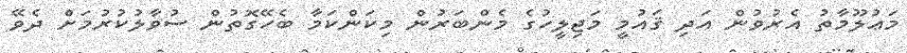
މަޢުލޫމާތު އެރުވުން އަދި ޤައުމީ މަޖިލީހުގެ މެންބަރުން މިކަންކަމާ ބެހޭގޮތުން ސުވާލުކުރުމަށް ދެވޭ